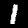
Label: 1